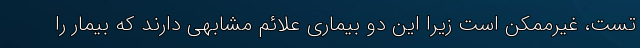
تست، غیرممکن است زیرا این دو بیماری علائم مشابهی دارند که بیمار را